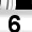
Digit: 6